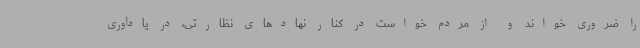
را ضروری خواند و از مردم خواست در کنار نهادهای نظارتی، در یادآوری